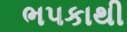
ભપકાથી